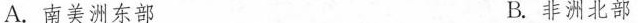
A.南美洲东部 B.非洲北部